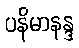
ပနိမာနန္ဒ